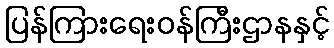
ပြန်ကြားရေးဝန်ကြီးဌာနနှင့်